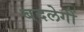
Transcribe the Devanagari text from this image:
बदलेगीं